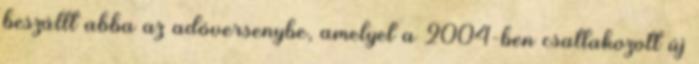
beszállt abba az adóversenybe, amelyet a 2004-ben csatlakozott új